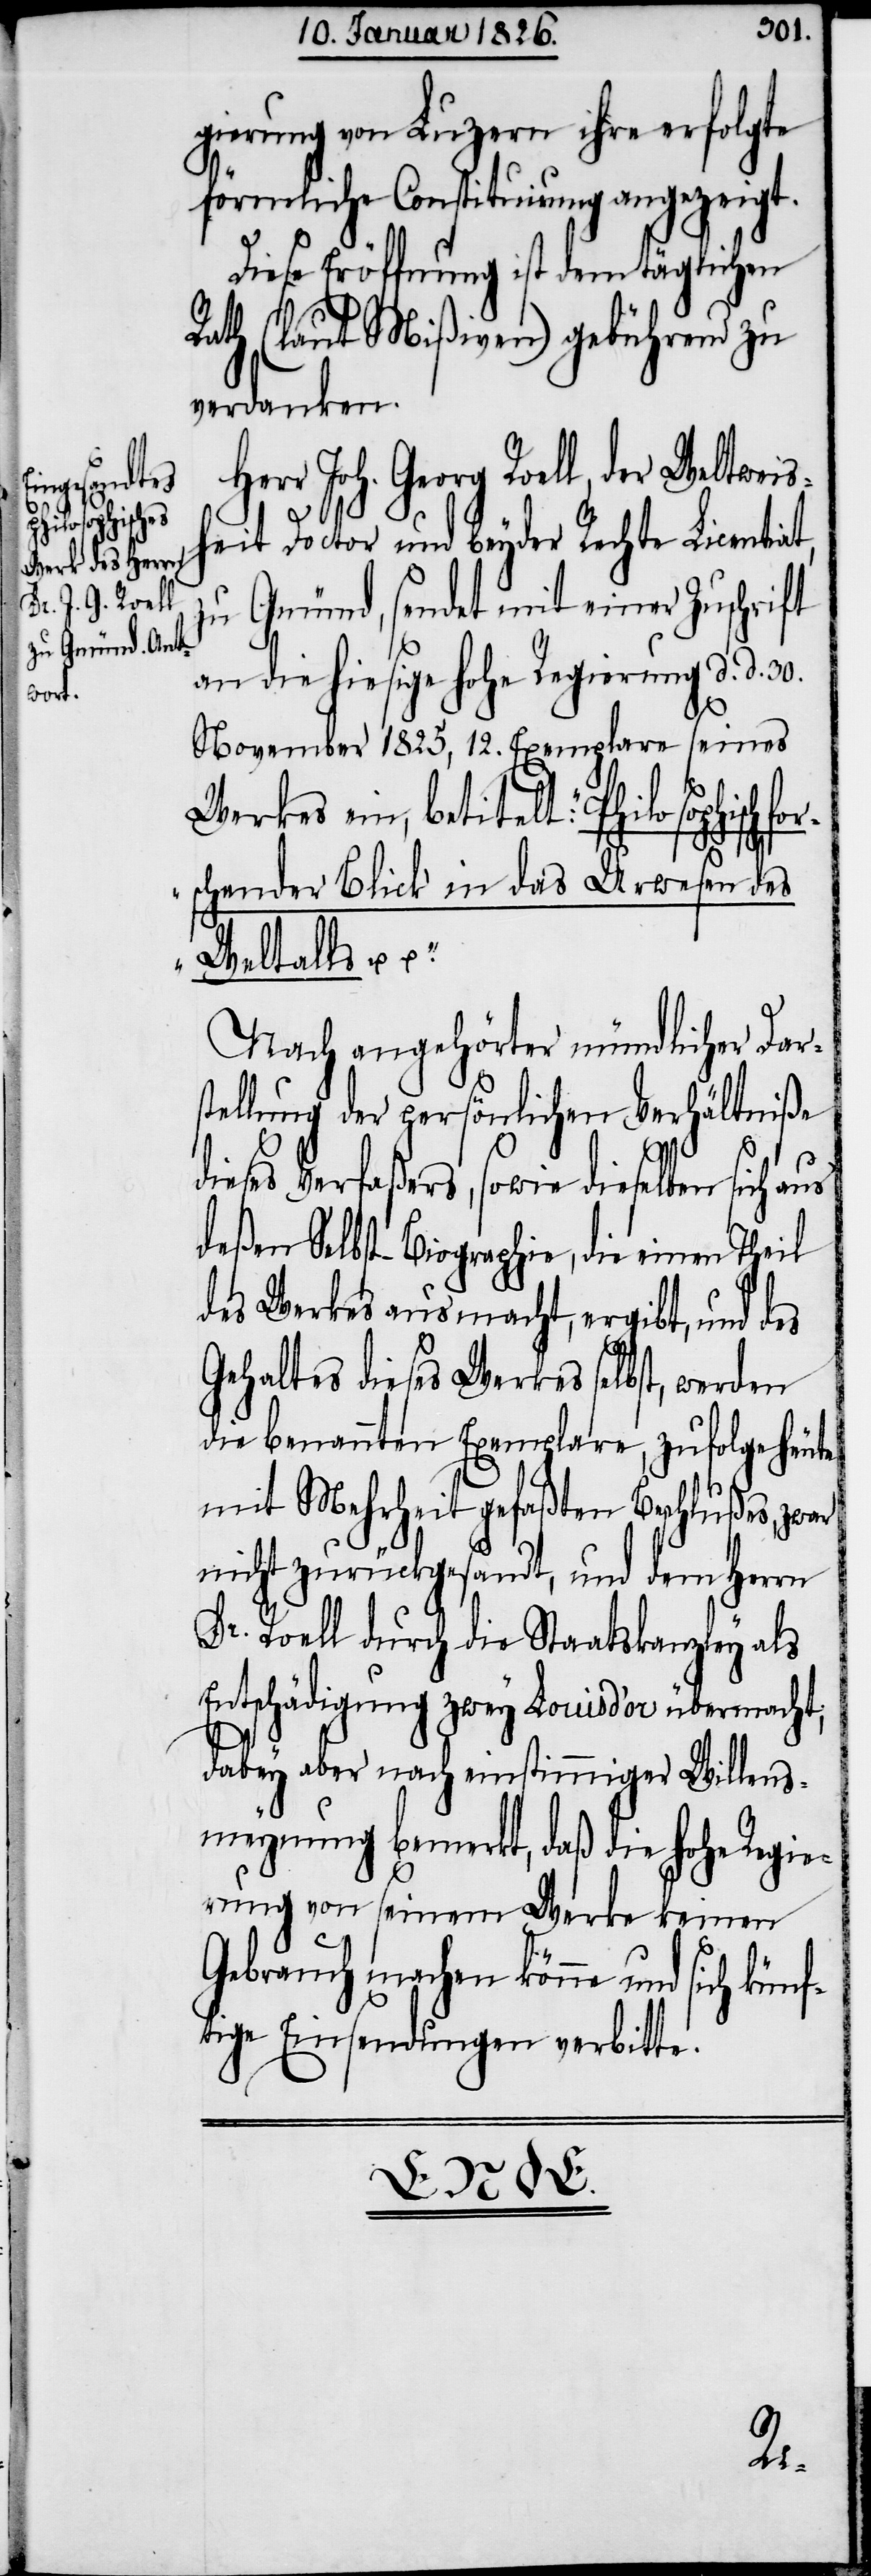
gierung von Luzern ihre erfolgte
förmliche Constituirung angezeigt.
Diese Eröffnung ist dem täglichen
Rath (laut Mißiven) gebührend zu
verdanken.
Herr Joh. Georg Roell, der Weltwei¬
sheit Doctor und beyder Rechte Licentiat,
zu Gmünd, sendet mit einer Zuschrift
an die hiesige hohe Regierung d. d. 30.
fo¬
November 1825, 12. Exemplare seines
Werkes ein, betitelt: „Philosophisch
rschender Blick in das Urwesen des
Weltalls u. u.“
Nach angehörter mündlicher Dar¬
stellung der persönlichen Verhältniße
dieses Verfaßers, sowie dieselben sich aus
deßen Selbst-Biographie, die einen Teil
des Werkes ausmacht, ergibt, und des
Gehaltes dieses Werkes selbst, werden
die benannten Exemplare, zufolge heute
mit Mehrheit gefaßten Beschlußes, zwar
nicht zurückgesandt, und dem Herrn
Dr. Roell durch die Staatskanzley als
Entschädigung zwey Louisd’or übermacht,
dabey aber nach einstimmiger Willens¬
meynung bemerkt, daß die hohe Regie¬
rung von seinem Werke keinen
Gebrauch machen könne und sich künf¬
tige Einsendungen verbitte.